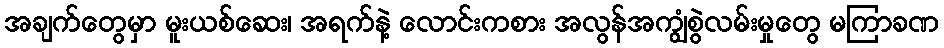
အချက်တွေမှာ မူးယစ်ဆေး၊ အရက်နဲ့ လောင်းကစား အလွန်အကျွံစွဲလမ်းမှုတွေ မကြာခဏ